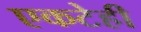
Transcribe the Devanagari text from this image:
एकटेही